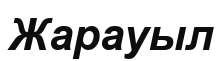
Жарауыл